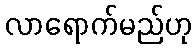
လာရောက်မည်ဟု